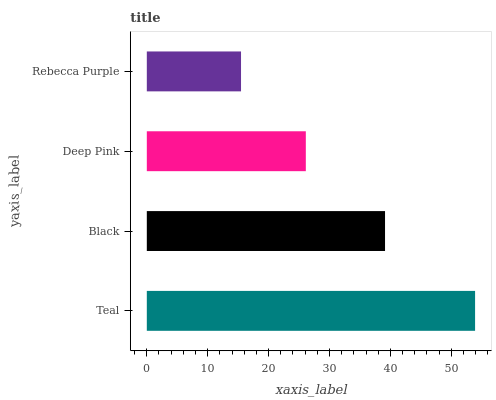
| yaxis_label | bars |
 | --- | --- |
 | Teal | 53.9 |
 | Black | 39.1 |
 | Deep Pink | 26.1 |
 | Rebecca Purple | 15.5 |